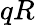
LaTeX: qR